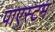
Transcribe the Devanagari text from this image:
पाएस्टम